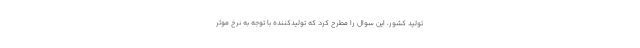
تولید کشور، این سوال را مطرح کرد که تولیدکننده با توجه به نرخ موثر